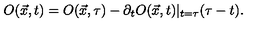
O ( \vec { x } , t ) = O ( \vec { x } , \tau ) - \partial _ { t } O ( \vec { x } , t ) | _ { t = \tau } ( \tau - t ) .